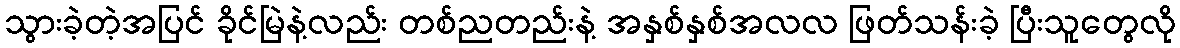
သွားခဲ့တဲ့အပြင် ခိုင်မြဲနဲ့လည်း တစ်ညတည်းနဲ့ အနှစ်နှစ်အလလ ဖြတ်သန်းခဲ့ ပြီးသူတွေလို